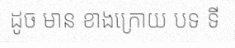
ដូច មាន ខាងក្រោយ បទ ទី